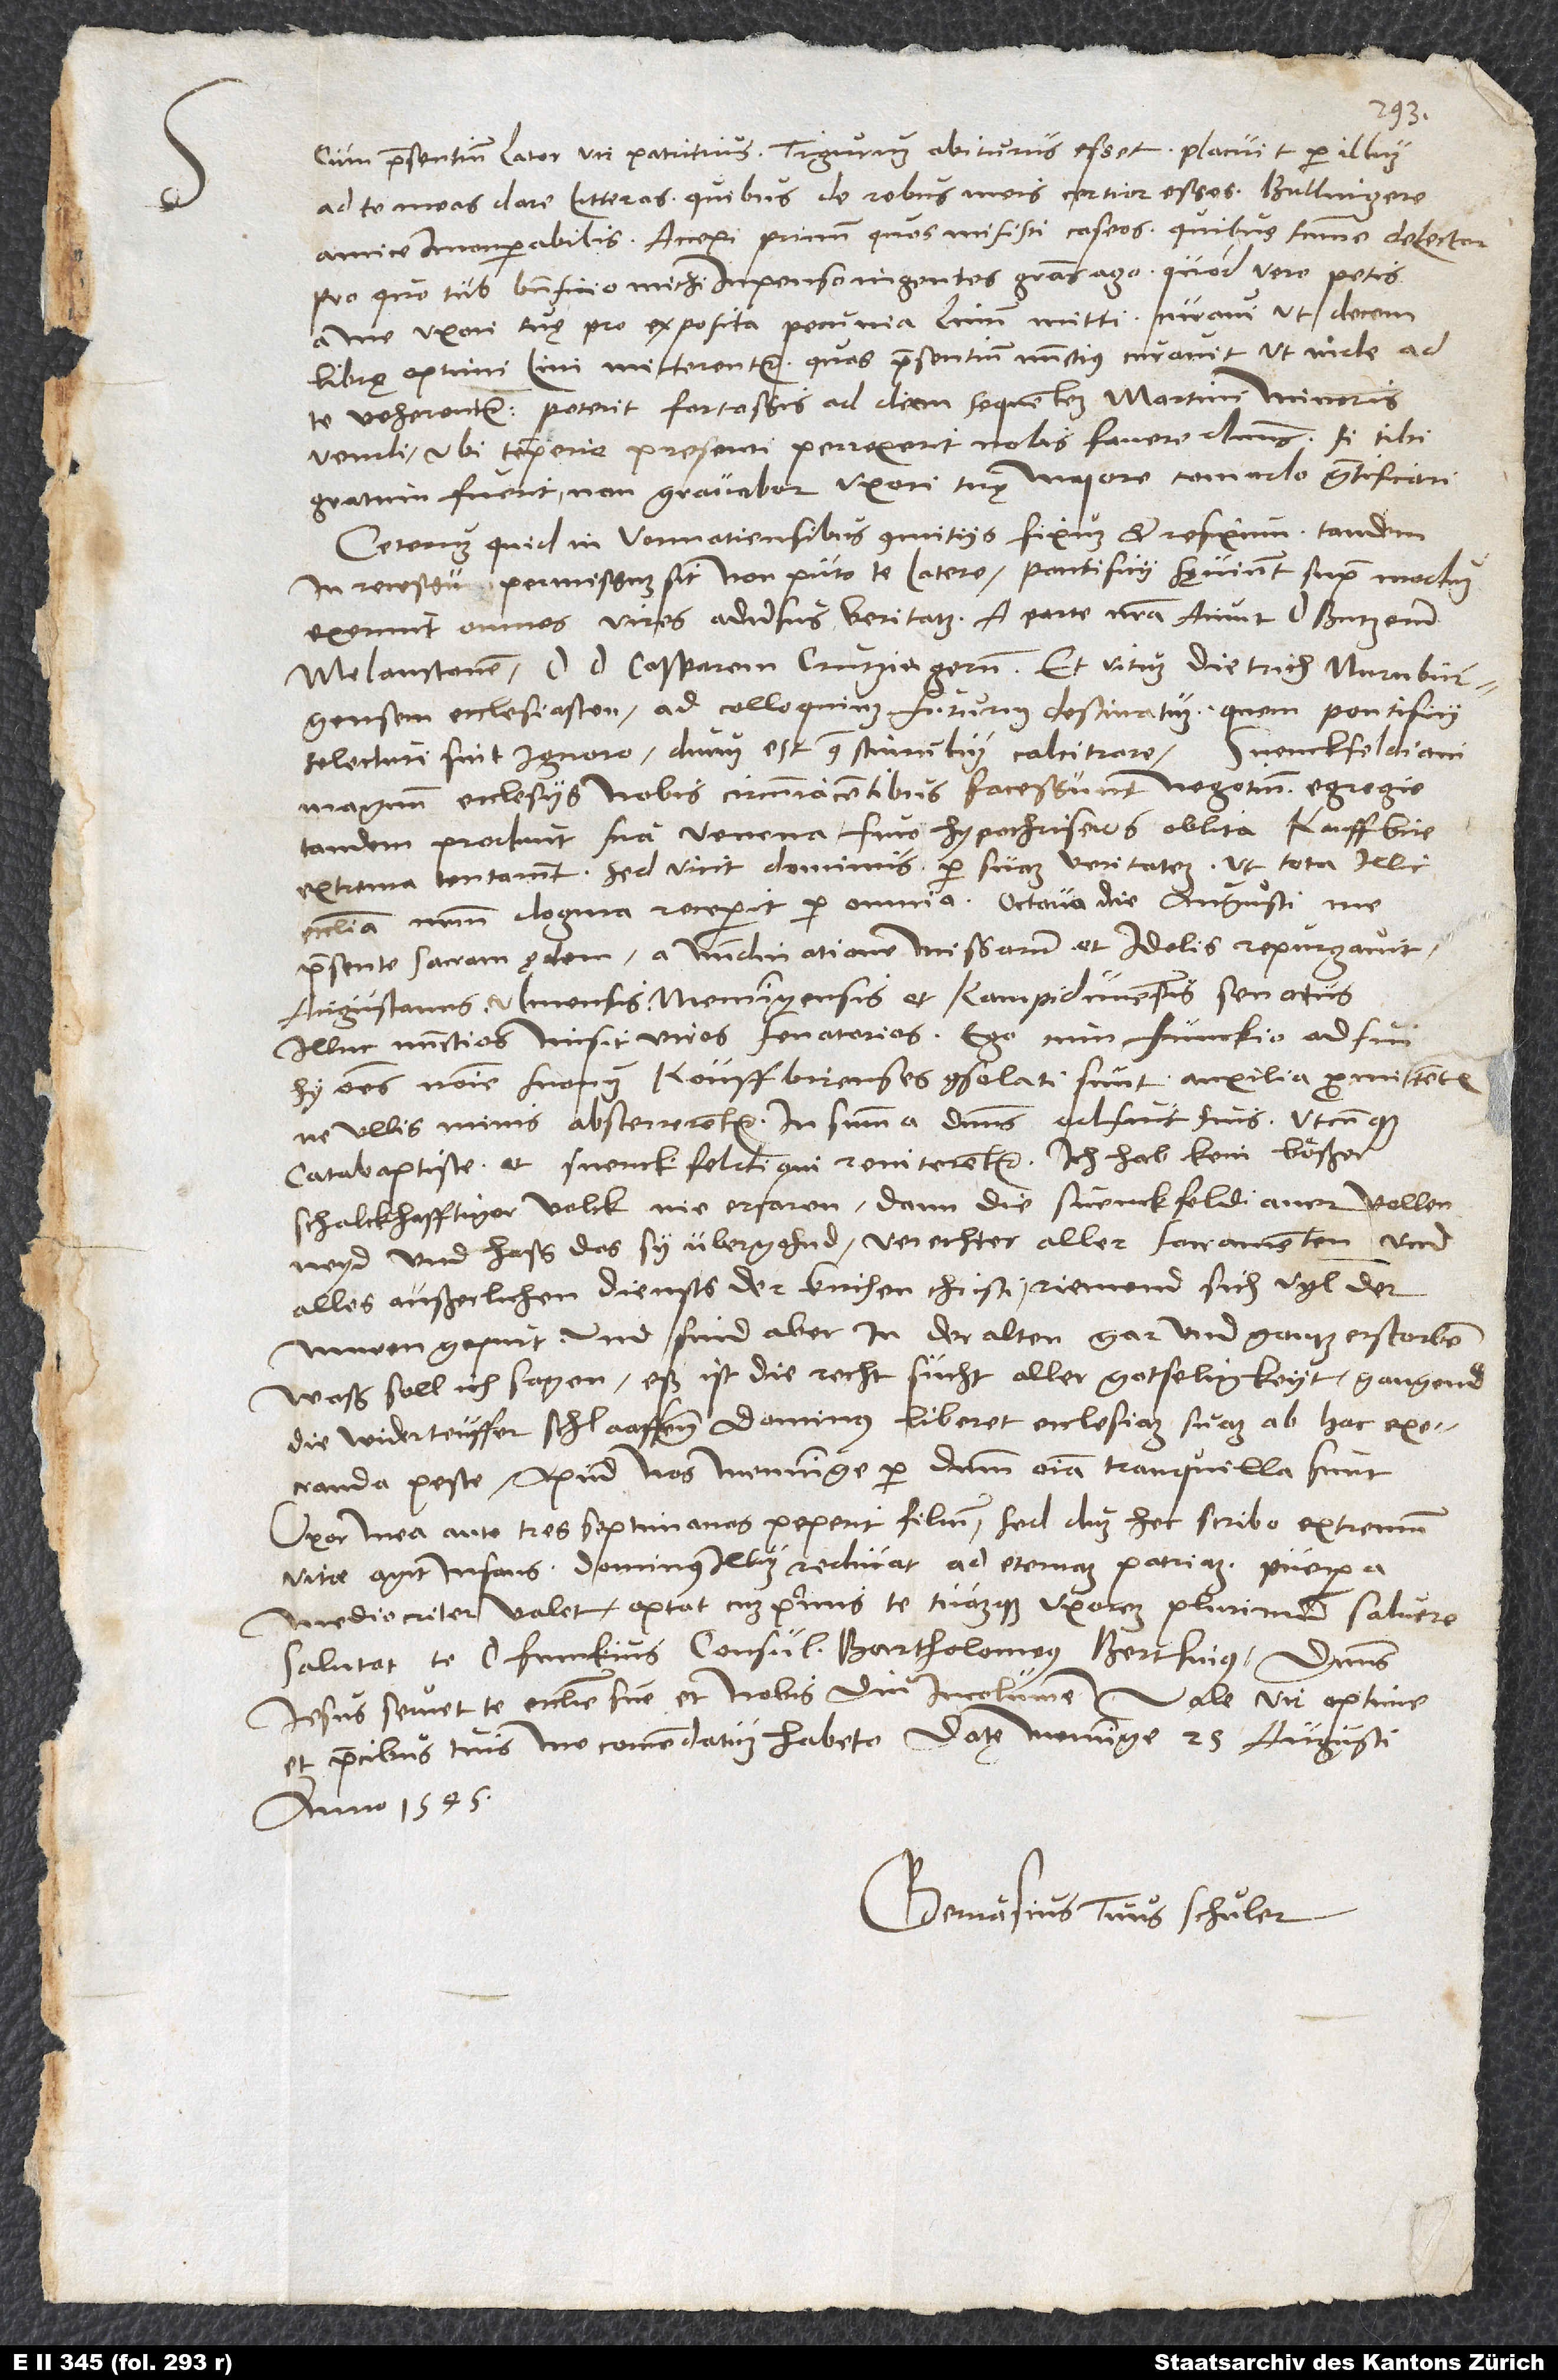
Cum praesentium lator, vir patritius, Tigurum abiturus esset, placuit per illum
ad te meas dare litteras, quibus de rebus meis certior esses, Bullingere
amice incomparabilis. Accepi primum, quos misisti, caseos, quibus summe delector,
pro quo tuo beneficio michi impenso ingentes gratias ago. Quod vere petis
a me uxori tuę pro exposita pecunia linum mitti, curavi, ut decem
librę optimi lini mitterentur, quas praesentium nunctius curavit, ut inde ad
te veherentur. Poterit fortassis ad diem sequentem Martini minoris
vendi, ubi temperie presenti perrexerit nobis favere dominus. Si tibi
gratum fuerit, non gravabor uxori tuę maiore comodo gratificari.
Ceterum quid in Vormatiensibus comitiis fixum et refixum, tandem
in recessu permissum sit, non puto te latere. Pontificii sęviunt supra modum,
exerunt omnes vires adversus veritatem. A parte nostra aiunt d. Butzerum,
Melanctonem, d. d. Casparem Crutziegerum et Vitum Dietrich, Nurnburgensem
ecclesiasten, ad colloquium futurum destinatum. Quem pontificii
S.
Svenckfeldiani
selecturi sint, ignoro. Durum est contra stimulum calcitrare.
magnum ecclesiis nobis circumiacentibus facessunt negotium. Egregie
tandem produnt sua venena, fuco hypochriseos oblita. Kauffbire
extrema tentarunt, sed vicit dominus per suam veritatem, ut tota illic
ecclesia nostrum dogma receperit per omnia. Octava die augusti me
praesente sacram ędem a nundinatione missarum et idolis repurgavit
Augustanus, Ulmensis, Memmingensis et Kampidunensis senatus;
illuc nunctios misit viros senatorios. Ego cum Funckio adfui.
Hii omnes nomine suorum Kouffbirenses consolati sunt auxilia promittentes,
ne ullis minis absterrerentur. In summa: Dominus adfuit suis, utcunque
catabaptiste et Svenckfeldiani reniterentur. Ich hab kein boͤßer,
schalckhafftiger volck nie erfaren dann die Svenckfeldianer, vollen
neyd und haß, das sy übergohnd, verechter aller sacramenten und
alles außerlichen diensts der kirchen Christi. Riemend sich vyl der
nuwen gepurt, und sind aber in der alten gar und gantz erstorben.
Waß soll ich sagen? eß ist die recht sucht aller gotseligkeyt! Gangend
die widerteuffer schlaaffenn! Dominus liberet ecclesiam suam ab hac execranda
peste. Apud nos Memminge per dominum omnia tranquilla sunt.
Uxor mea ante tres septimanas peperit filium. Sed dum hec scribo, extremum
vitae agit infans. Dominus illum reducat ad eternam patriam. Puerpera
mediocriter valet. Optat cumprimis te tuamque uxorem plurimum salvere.
Salutat te d. Funckius consul, Bartholomeus Bertlinus. Dominus
Iesus servet te ecclesie sue et nobis diu incolumem. Vale, vir optime,
et precibus tuis me commendatum habeto. Datę Memminge, 25. augusti
anno 1545.
Gervasius tuus Schuler.